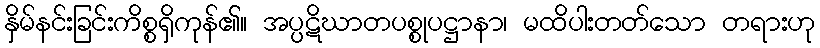
နှိမ်နင်းခြင်းကိစ္စရှိကုန်၏။ အပ္ပဋိဃာတပစ္စုပဋ္ဌာနာ၊ မထိပါးတတ်သော တရားဟု